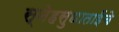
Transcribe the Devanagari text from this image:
स्नेहसुधाताईंचे